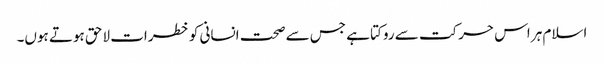
اسلام ہر اس حرکت سے روکتا ہے جس سے صحت انسانی کو خطرات لاحق ہوتے ہوں۔